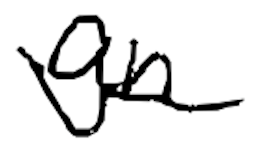
Text: an
Cross-out: wave
Writing tool: digital_black